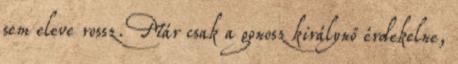
sem eleve rossz. Már csak a gonosz királynő érdekelne,